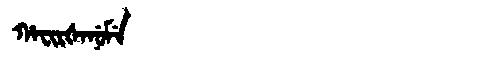
Manchu: ᡥᠠᠸᡳᡵᡧᠠᠨᡠᠮᡝ
Romanization: HAFIRŠANUME